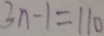
3 n - 1 = 1 1 0